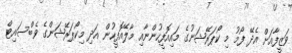
ވަޒީފާއަށް އެދޭ ފޯމު މި ކޯޕަރޭޝަނުގެ މައިއޮފީހުންނާއި މާލޭއޮފީހުން އަދި މިކޯޕަރޭޝަންގެ ވެބްސައިޓް